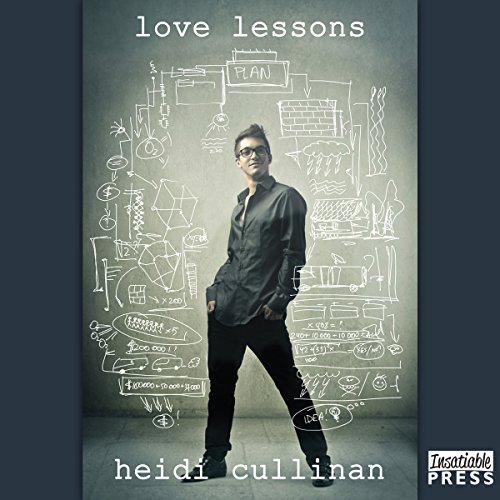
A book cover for Love Lessons: Love Lessons Series, Book 1; Heidi Cullinan; Romance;